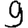
Digit: 9